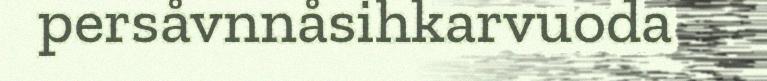
persåvnnåsihkarvuoda